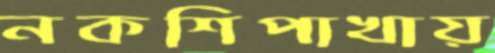
নকশিপাখায়